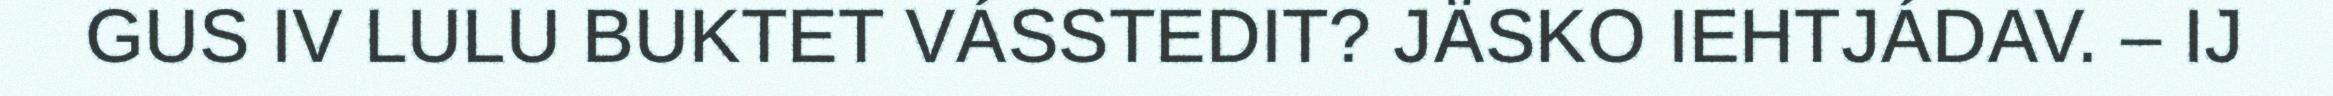
GUS IV LULU BUKTET VÁSSTEDIT? JÄSKO IEHTJÁDAV. – IJ